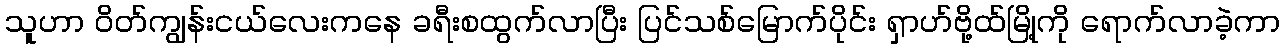
သူဟာ ဝိတ်ကျွန်းငယ်လေးကနေ ခရီးစထွက်လာပြီး ပြင်သစ်မြောက်ပိုင်း ရှာဟ်ဗို့ထ်မြို့ကို ရောက်လာခဲ့ကာ